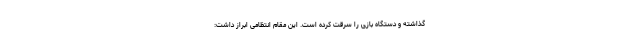
گذاشته و دستگاه بازی را سرقت کرده است. این مقام انتظامی ابراز داشت: